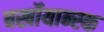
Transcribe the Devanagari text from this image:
बर्खोयान्स्क